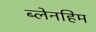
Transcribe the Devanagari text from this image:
ब्लेनहिम